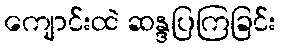
ကျောင်းထဲ ဆန္ဒပြကြခြင်း